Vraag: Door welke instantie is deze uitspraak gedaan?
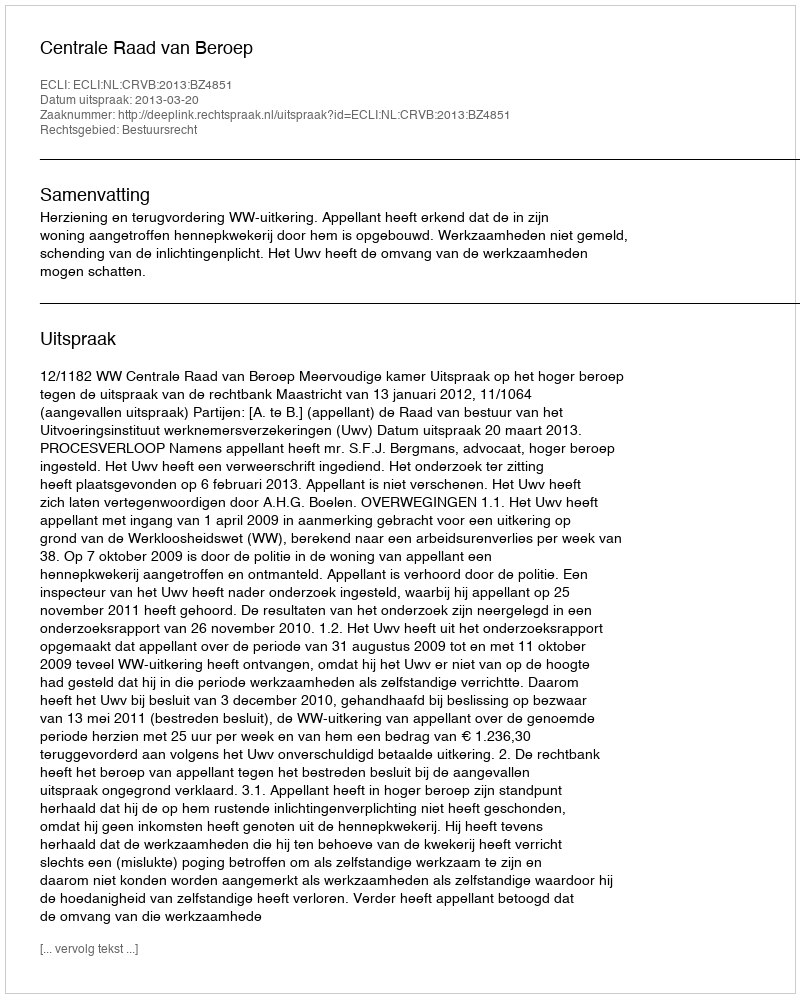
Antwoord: Centrale Raad van Beroep